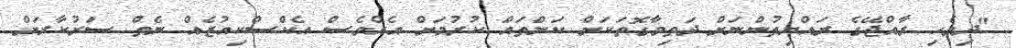
"ދިވެހި ރާއްޖޭގެ ރައްޔިތުންނަށް ދަތިވާގޮތަކަށް ކަންތައް ކުރުމަށް އެއްވެސް އެކްސްކިއުޒެއް ނެތް ސަރުކާރަށް